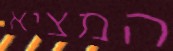
המציא